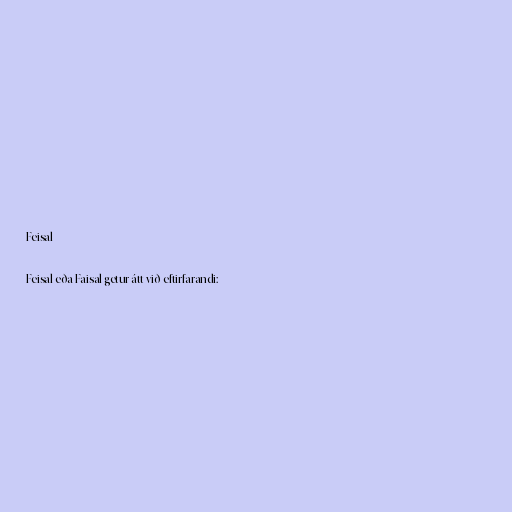
Feisal

Feisal eða Faisal getur átt við eftirfarandi: